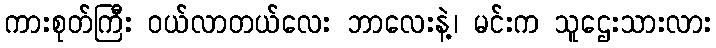
ကားစုတ်ကြီး ဝယ်လာတယ်လေး ဘာလေးနဲ့၊ မင်းက သူဌေးသားလား